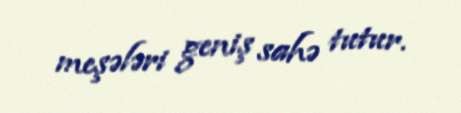
meşələri geniş sahə tutur.